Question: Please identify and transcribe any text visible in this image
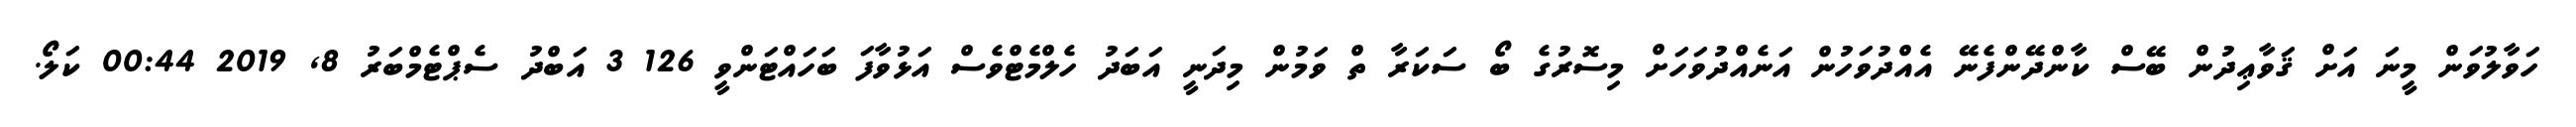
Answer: ހަވާލުވަން މީނަ އަށް ޤަވާޢިދުން ބޭސް ކާންދޭންފެނޭ އެއްދުވަހުން އަނެއްދުވަހަށް މިސޮރުގެ ބޯ ސަކަރާ ތް ވަމުން މިދަނީ އަބަދު ހެލްމެޓްވެސް އަޅުވާފަ ބަހައްޓަންވީ 126 3 އަބްދު ސެޕްޓެމްބަރު 8, 2019 00:44 ކަލޯ.